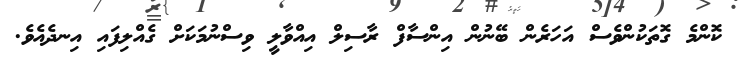
ކޮންމެ ގޮތަކުންވެސް އަހަރެން ބޭނުން އިންސާފް ރާސިލް އިއްވާލީ ވިސްނުމަކަށް ގެއްލިފައި އިނދެއެވެ.